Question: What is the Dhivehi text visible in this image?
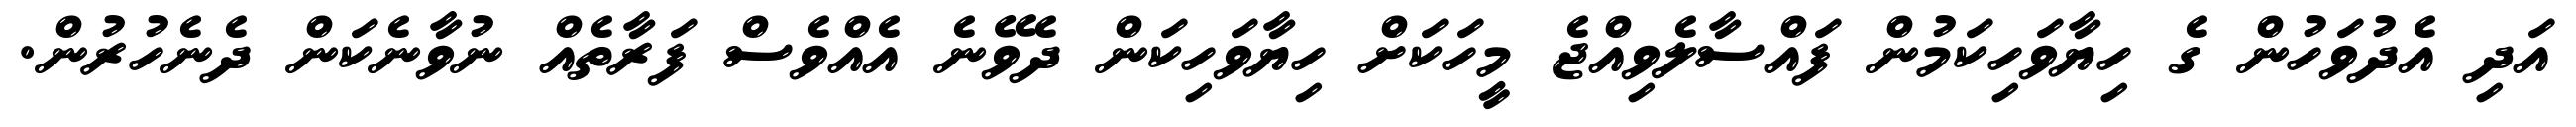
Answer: އަދި އެދުވަހުން ގެ ހިޔާވަހިކަމުން ފައްސާލެވިއްޖެ މީހަކަށް ހިޔާވަހިކަން ދެވޭނެ އެއްވެސް ފަރާތެއް ނުވާނެކަން ދެނެހުރުން.